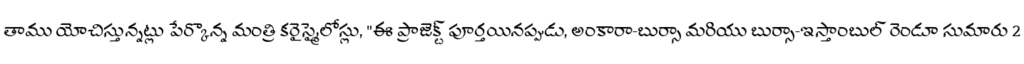
తాము యోచిస్తున్నట్లు పేర్కొన్న మంత్రి కరైస్మైలోస్లు, "ఈ ప్రాజెక్ట్ పూర్తయినప్పుడు, అంకారా-బుర్సా మరియు బుర్సా-ఇస్తాంబుల్ రెండూ సుమారు 2